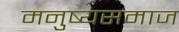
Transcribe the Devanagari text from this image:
मनुष्यसमाज